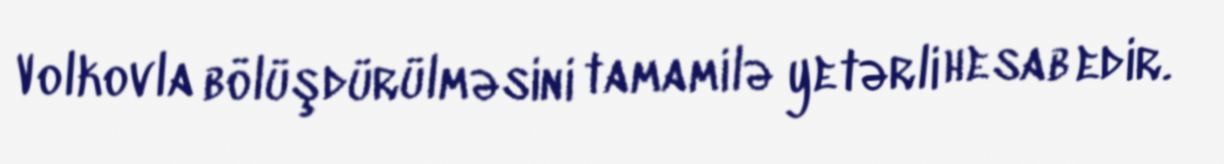
Volkovla bölüşdürülməsini tamamilə yetərli hesab edir.